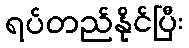
ရပ်တည်နိုင်ပြီး